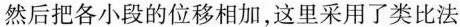
然后把各小段的位移相加，这里采用了类比法